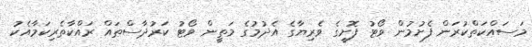
މަސައްކަތްކުރަން ފެށުމުން ވޯޓު ފޮށީގެ ވެރިޔާގެ އެދުމުގެ މަތީން ވޯޓު ކަރުދާސްތައް ރައްކާތެރިކަމާއެކު